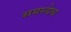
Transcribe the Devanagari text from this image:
समस्येच